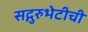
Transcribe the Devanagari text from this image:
सद्गुरुभेटीची